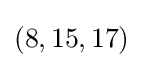
(8,15,17)